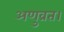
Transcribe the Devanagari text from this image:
अणुव्रत।